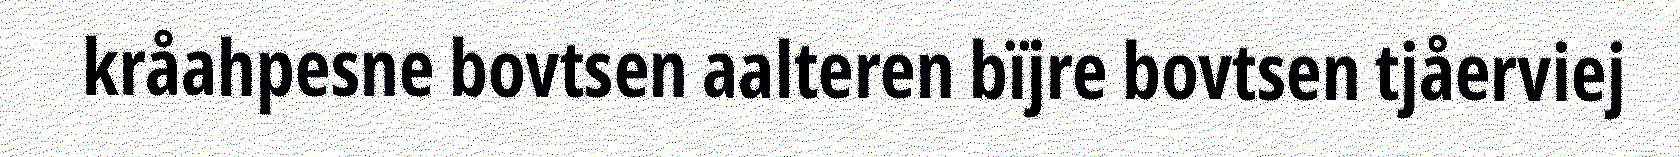
kråahpesne bovtsen aalteren bïjre bovtsen tjåerviej